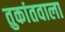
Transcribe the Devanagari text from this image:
तुकांतवाला